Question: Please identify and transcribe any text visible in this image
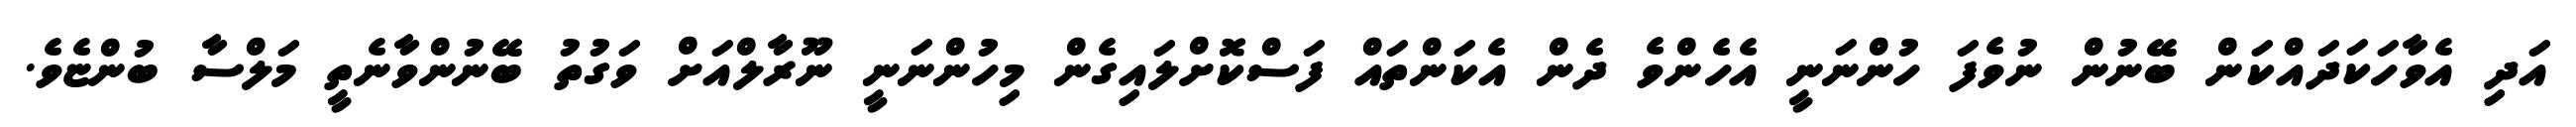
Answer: އަދި އެވާހަކަދައްކަން ބޭނުން ނުވެފަ ހުންނަނީ އެހެންވެ ދެން އެކަންތައް ފަސްކޮށްލައިގެން މިހުންނަނީ ނޫރާލްއަށް ވަގުތު ބޭނުންވާނެތީ މަލްސާ ބުންޏެވެ.